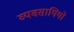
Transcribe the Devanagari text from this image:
व्यवसायियो